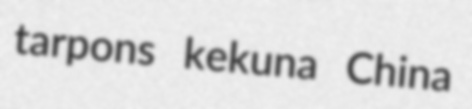
tarpons kekuna China